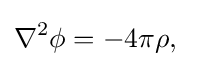
\nabla ^{2}\phi =-4\pi \rho ,\;